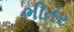
ભીતર